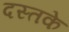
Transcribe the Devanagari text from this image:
दस्तके